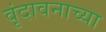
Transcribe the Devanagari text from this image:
वृंदावनाच्या